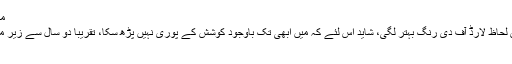
متفق علیہ ،
مجھے اس لحاظ لارڈ آف دی رنگ بہتر لگی، شاید اس لئے کہ میں ابھی تک باوجود کوشش کے پوری نہیں پڑھ سکا، تقریبا دو سال سے زیر مطالعہ ہے
ہاہاہہا۔